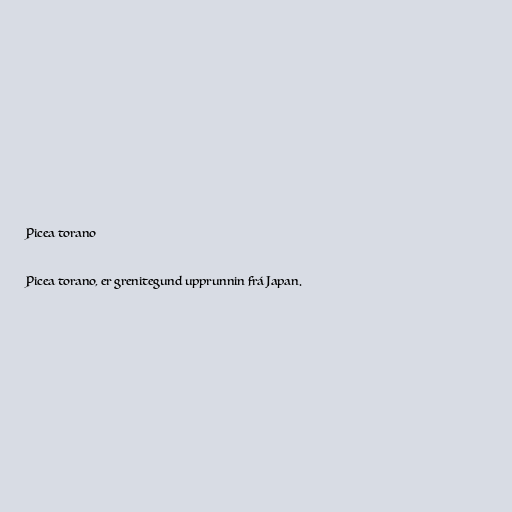
Picea torano

Picea torano, er grenitegund upprunnin frá Japan.